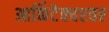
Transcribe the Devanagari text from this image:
आर्किटेक्चरवर